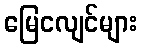
မြေငလျင်များ